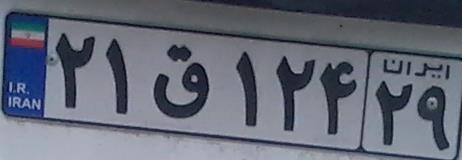
۲۱ق۱۲۴۲۹